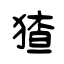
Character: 猹